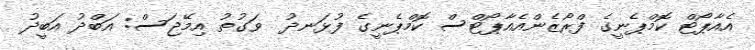
އެއާޕޯޓް ކޮމްޕެނީގެ ފްރޯޒެންއެއާޕޯޓްސް ކޮމްޕެނީގެ ފުޅަނދު  ވަގުތު އިމޭޖަސް: އަބްދު އަބީދު